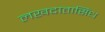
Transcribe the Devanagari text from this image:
लखदातासिंध